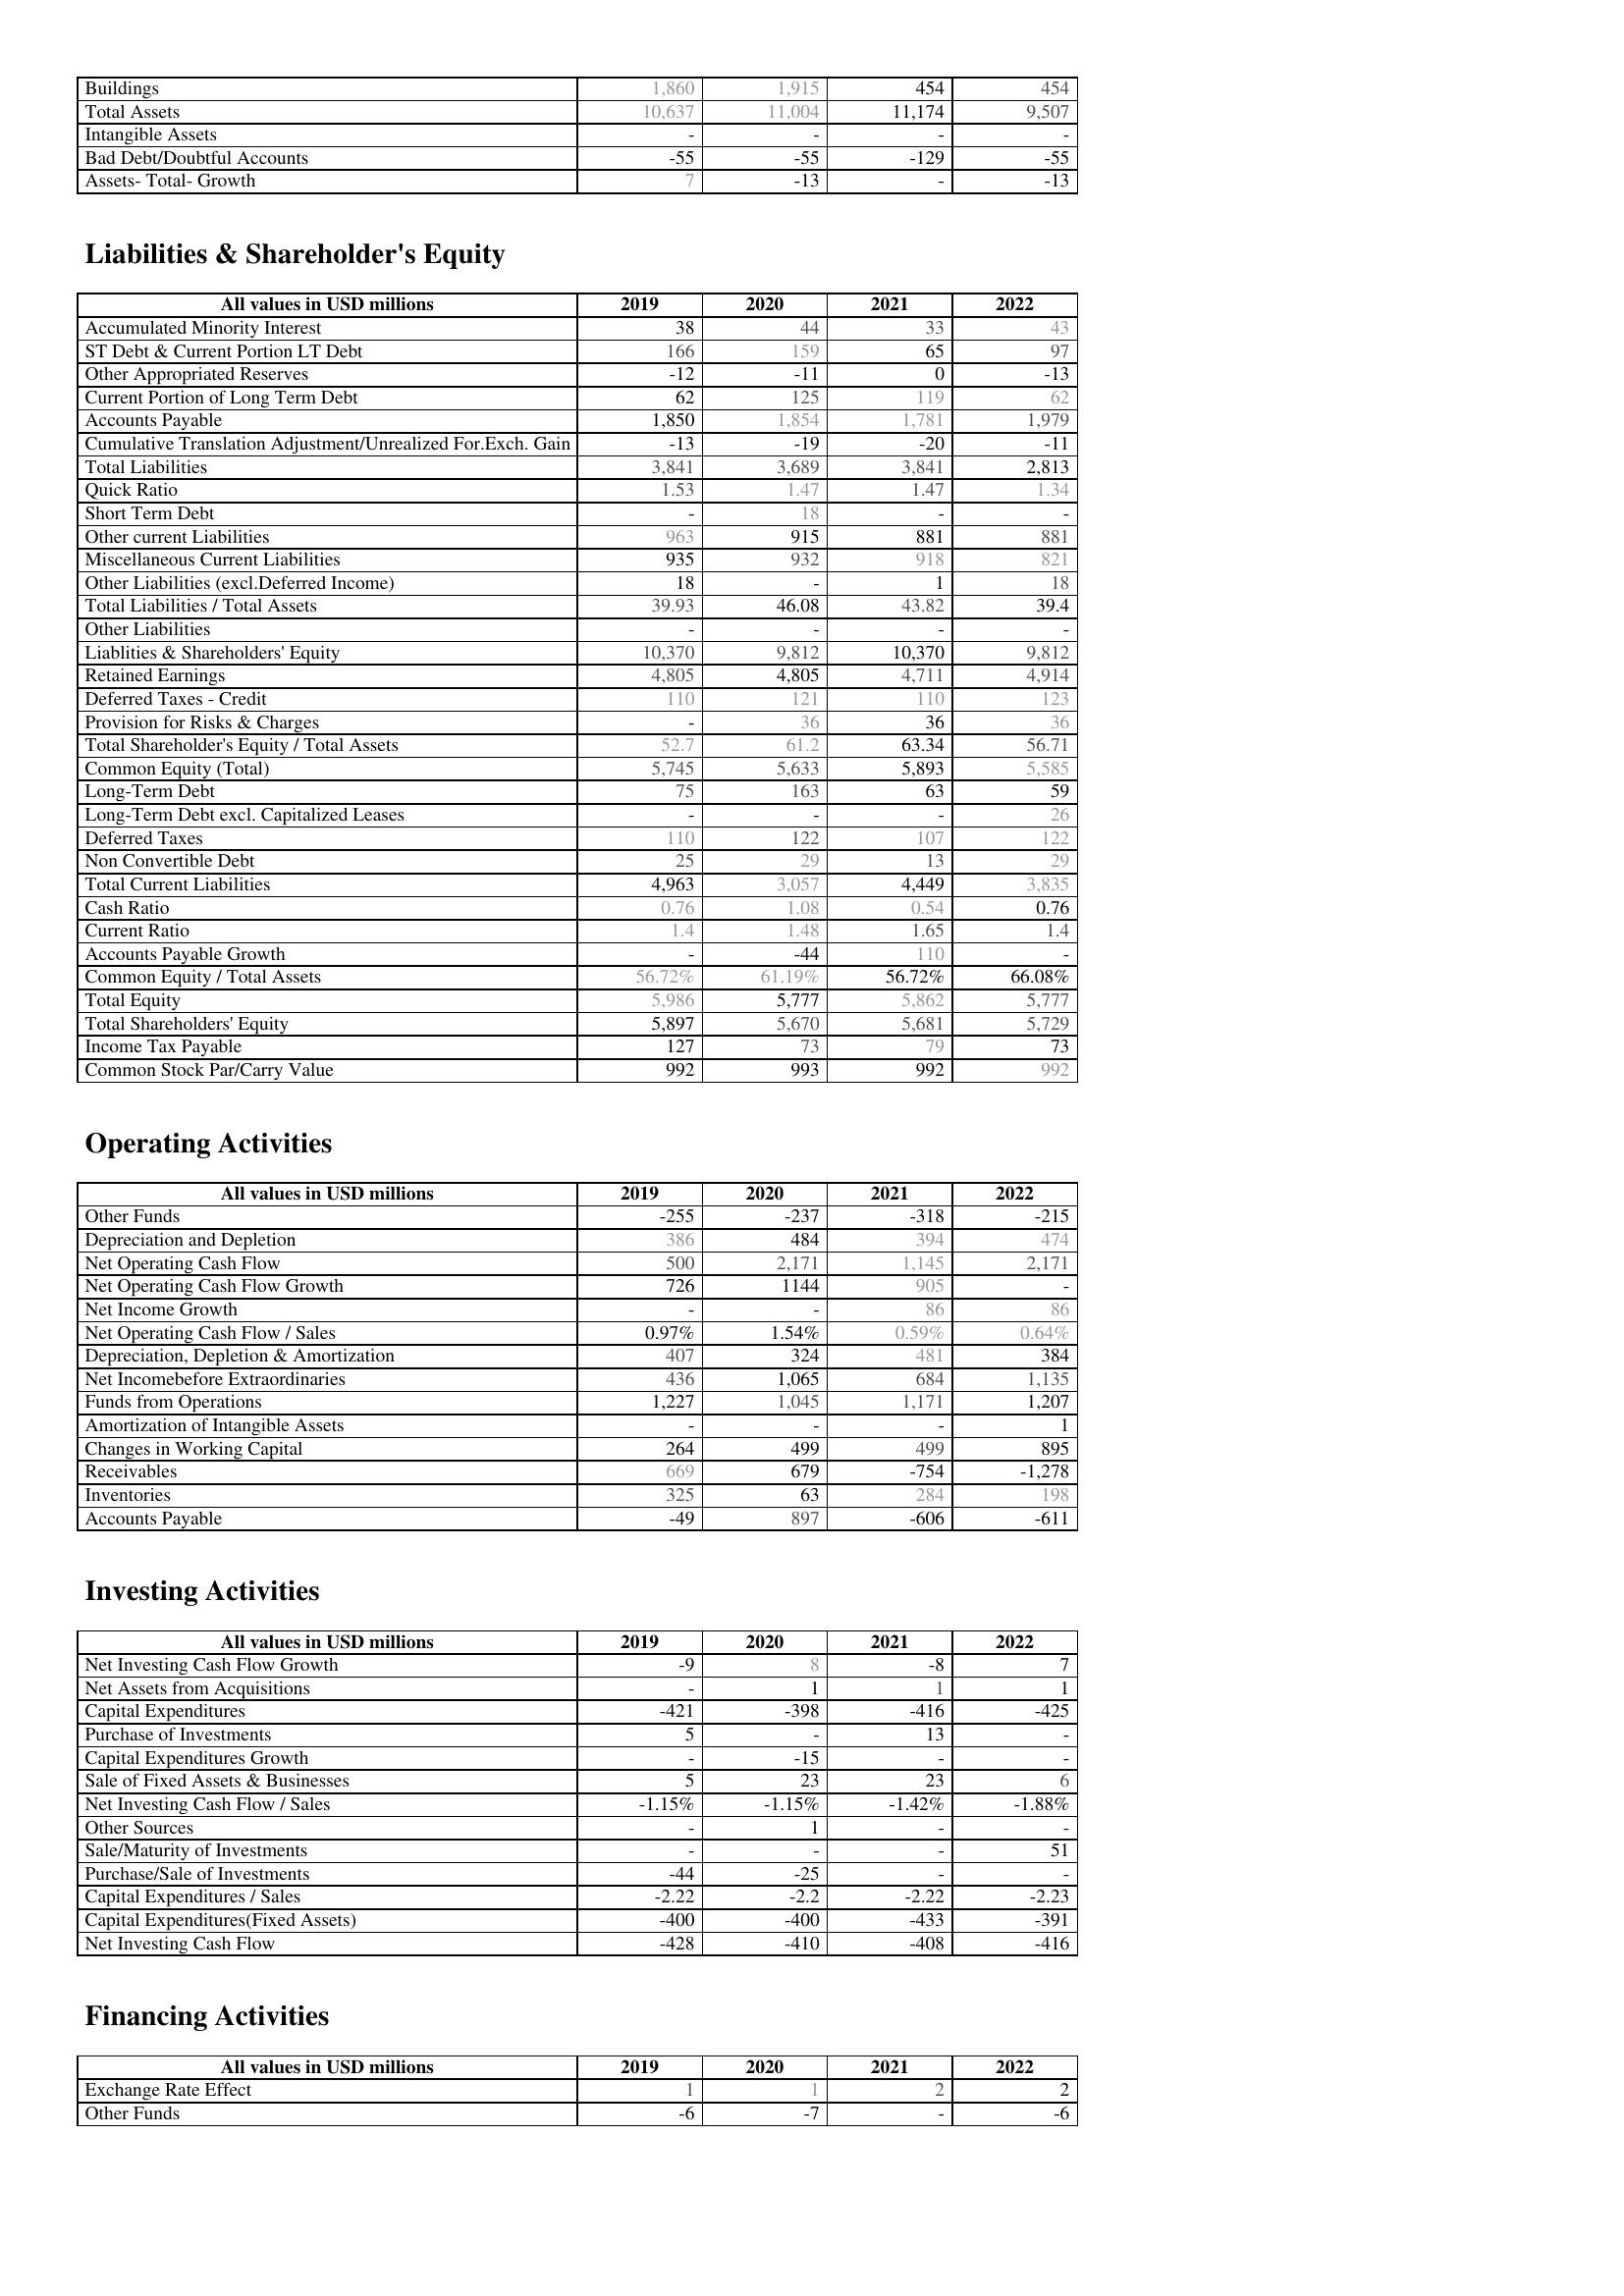
2019: Assets: Buildings: 1,860
Total Assets: 10,637
Intangible Assets: -
Bad Debt/Doubtful Accounts: -55
Assets- Total- Growth: 7
Liabilities & Shareholder's Equity: Accumulated Minority Interest: 38
ST Debt & Current Portion LT Debt: 166
Other Appropriated Reserves: -12
Current Portion of Long Term Debt: 62
Accounts Payable: 1,850
Cumulative Translation Adjustment/Unrealized For.Exch. Gain: -13
Total Liabilities: 3,841
Quick Ratio: 1.53
Short Term Debt: -
Other current Liabilities: 963
Miscellaneous Current Liabilities: 935
Other Liabilities (excl.Deferred Income): 18
Total Liabilities / Total Assets: 39.93
Other Liabilities: -
Liablities & Shareholders' Equity: 10,370
Retained Earnings: 4,805
Deferred Taxes - Credit: 110
Provision for Risks & Charges: -
Total Shareholder's Equity / Total Assets: 52.7
Common Equity (Total): 5,745
Long-Term Debt: 75
Long-Term Debt excl. Capitalized Leases: -
Deferred Taxes: 110
Non Convertible Debt: 25
Total Current Liabilities: 4,963
Cash Ratio: 0.76
Current Ratio: 1.4
Accounts Payable Growth: -
Common Equity / Total Assets: 56.72%
Total Equity: 5,986
Total Shareholders' Equity: 5,897
Income Tax Payable: 127
Common Stock Par/Carry Value: 992
Operating Activities: Other Funds: -255
Depreciation and Depletion: 386
Net Operating Cash Flow: 500
Net Operating Cash Flow Growth: 726
Net Income Growth: -
Net Operating Cash Flow / Sales: 0.97%
Depreciation, Depletion & Amortization: 407
Net Incomebefore Extraordinaries: 436
Funds from Operations: 1,227
Amortization of Intangible Assets: -
Changes in Working Capital: 264
Receivables: 669
Inventories: 325
Accounts Payable: -49
Investing Activities: Net Investing Cash Flow Growth: -9
Net Assets from Acquisitions: -
Capital Expenditures: -421
Purchase of Investments: 5
Capital Expenditures Growth: -
Sale of Fixed Assets & Businesses: 5
Net Investing Cash Flow / Sales: -1.15%
Other Sources: -
Sale/Maturity of Investments: -
Purchase/Sale of Investments: -44
Capital Expenditures / Sales: -2.22
Capital Expenditures(Fixed Assets): -400
Net Investing Cash Flow: -428
Financing Activities: Exchange Rate Effect: 1
Other Funds: -6
2020: Assets: Buildings: 1,915
Total Assets: 11,004
Intangible Assets: -
Bad Debt/Doubtful Accounts: -55
Assets- Total- Growth: -13
Liabilities & Shareholder's Equity: Accumulated Minority Interest: 44
ST Debt & Current Portion LT Debt: 159
Other Appropriated Reserves: -11
Current Portion of Long Term Debt: 125
Accounts Payable: 1,854
Cumulative Translation Adjustment/Unrealized For.Exch. Gain: -19
Total Liabilities: 3,689
Quick Ratio: 1.47
Short Term Debt: 18
Other current Liabilities: 915
Miscellaneous Current Liabilities: 932
Other Liabilities (excl.Deferred Income): -
Total Liabilities / Total Assets: 46.08
Other Liabilities: -
Liablities & Shareholders' Equity: 9,812
Retained Earnings: 4,805
Deferred Taxes - Credit: 121
Provision for Risks & Charges: 36
Total Shareholder's Equity / Total Assets: 61.2
Common Equity (Total): 5,633
Long-Term Debt: 163
Long-Term Debt excl. Capitalized Leases: -
Deferred Taxes: 122
Non Convertible Debt: 29
Total Current Liabilities: 3,057
Cash Ratio: 1.08
Current Ratio: 1.48
Accounts Payable Growth: -44
Common Equity / Total Assets: 61.19%
Total Equity: 5,777
Total Shareholders' Equity: 5,670
Income Tax Payable: 73
Common Stock Par/Carry Value: 993
Operating Activities: Other Funds: -237
Depreciation and Depletion: 484
Net Operating Cash Flow: 2,171
Net Operating Cash Flow Growth: 1144
Net Income Growth: -
Net Operating Cash Flow / Sales: 1.54%
Depreciation, Depletion & Amortization: 324
Net Incomebefore Extraordinaries: 1,065
Funds from Operations: 1,045
Amortization of Intangible Assets: -
Changes in Working Capital: 499
Receivables: 679
Inventories: 63
Accounts Payable: 897
Investing Activities: Net Investing Cash Flow Growth: 8
Net Assets from Acquisitions: 1
Capital Expenditures: -398
Purchase of Investments: -
Capital Expenditures Growth: -15
Sale of Fixed Assets & Businesses: 23
Net Investing Cash Flow / Sales: -1.15%
Other Sources: 1
Sale/Maturity of Investments: -
Purchase/Sale of Investments: -25
Capital Expenditures / Sales: -2.2
Capital Expenditures(Fixed Assets): -400
Net Investing Cash Flow: -410
Financing Activities: Exchange Rate Effect: 1
Other Funds: -7
2021: Assets: Buildings: 454
Total Assets: 11,174
Intangible Assets: -
Bad Debt/Doubtful Accounts: -129
Assets- Total- Growth: -
Liabilities & Shareholder's Equity: Accumulated Minority Interest: 33
ST Debt & Current Portion LT Debt: 65
Other Appropriated Reserves: 0
Current Portion of Long Term Debt: 119
Accounts Payable: 1,781
Cumulative Translation Adjustment/Unrealized For.Exch. Gain: -20
Total Liabilities: 3,841
Quick Ratio: 1.47
Short Term Debt: -
Other current Liabilities: 881
Miscellaneous Current Liabilities: 918
Other Liabilities (excl.Deferred Income): 1
Total Liabilities / Total Assets: 43.82
Other Liabilities: -
Liablities & Shareholders' Equity: 10,370
Retained Earnings: 4,711
Deferred Taxes - Credit: 110
Provision for Risks & Charges: 36
Total Shareholder's Equity / Total Assets: 63.34
Common Equity (Total): 5,893
Long-Term Debt: 63
Long-Term Debt excl. Capitalized Leases: -
Deferred Taxes: 107
Non Convertible Debt: 13
Total Current Liabilities: 4,449
Cash Ratio: 0.54
Current Ratio: 1.65
Accounts Payable Growth: 110
Common Equity / Total Assets: 56.72%
Total Equity: 5,862
Total Shareholders' Equity: 5,681
Income Tax Payable: 79
Common Stock Par/Carry Value: 992
Operating Activities: Other Funds: -318
Depreciation and Depletion: 394
Net Operating Cash Flow: 1,145
Net Operating Cash Flow Growth: 905
Net Income Growth: 86
Net Operating Cash Flow / Sales: 0.59%
Depreciation, Depletion & Amortization: 481
Net Incomebefore Extraordinaries: 684
Funds from Operations: 1,171
Amortization of Intangible Assets: -
Changes in Working Capital: 499
Receivables: -754
Inventories: 284
Accounts Payable: -606
Investing Activities: Net Investing Cash Flow Growth: -8
Net Assets from Acquisitions: 1
Capital Expenditures: -416
Purchase of Investments: 13
Capital Expenditures Growth: -
Sale of Fixed Assets & Businesses: 23
Net Investing Cash Flow / Sales: -1.42%
Other Sources: -
Sale/Maturity of Investments: -
Purchase/Sale of Investments: -
Capital Expenditures / Sales: -2.22
Capital Expenditures(Fixed Assets): -433
Net Investing Cash Flow: -408
Financing Activities: Exchange Rate Effect: 2
Other Funds: -
2022: Assets: Buildings: 454
Total Assets: 9,507
Intangible Assets: -
Bad Debt/Doubtful Accounts: -55
Assets- Total- Growth: -13
Liabilities & Shareholder's Equity: Accumulated Minority Interest: 43
ST Debt & Current Portion LT Debt: 97
Other Appropriated Reserves: -13
Current Portion of Long Term Debt: 62
Accounts Payable: 1,979
Cumulative Translation Adjustment/Unrealized For.Exch. Gain: -11
Total Liabilities: 2,813
Quick Ratio: 1.34
Short Term Debt: -
Other current Liabilities: 881
Miscellaneous Current Liabilities: 821
Other Liabilities (excl.Deferred Income): 18
Total Liabilities / Total Assets: 39.4
Other Liabilities: -
Liablities & Shareholders' Equity: 9,812
Retained Earnings: 4,914
Deferred Taxes - Credit: 123
Provision for Risks & Charges: 36
Total Shareholder's Equity / Total Assets: 56.71
Common Equity (Total): 5,585
Long-Term Debt: 59
Long-Term Debt excl. Capitalized Leases: 26
Deferred Taxes: 122
Non Convertible Debt: 29
Total Current Liabilities: 3,835
Cash Ratio: 0.76
Current Ratio: 1.4
Accounts Payable Growth: -
Common Equity / Total Assets: 66.08%
Total Equity: 5,777
Total Shareholders' Equity: 5,729
Income Tax Payable: 73
Common Stock Par/Carry Value: 992
Operating Activities: Other Funds: -215
Depreciation and Depletion: 474
Net Operating Cash Flow: 2,171
Net Operating Cash Flow Growth: -
Net Income Growth: 86
Net Operating Cash Flow / Sales: 0.64%
Depreciation, Depletion & Amortization: 384
Net Incomebefore Extraordinaries: 1,135
Funds from Operations: 1,207
Amortization of Intangible Assets: 1
Changes in Working Capital: 895
Receivables: -1,278
Inventories: 198
Accounts Payable: -611
Investing Activities: Net Investing Cash Flow Growth: 7
Net Assets from Acquisitions: 1
Capital Expenditures: -425
Purchase of Investments: -
Capital Expenditures Growth: -
Sale of Fixed Assets & Businesses: 6
Net Investing Cash Flow / Sales: -1.88%
Other Sources: -
Sale/Maturity of Investments: 51
Purchase/Sale of Investments: -
Capital Expenditures / Sales: -2.23
Capital Expenditures(Fixed Assets): -391
Net Investing Cash Flow: -416
Financing Activities: Exchange Rate Effect: 2
Other Funds: -6